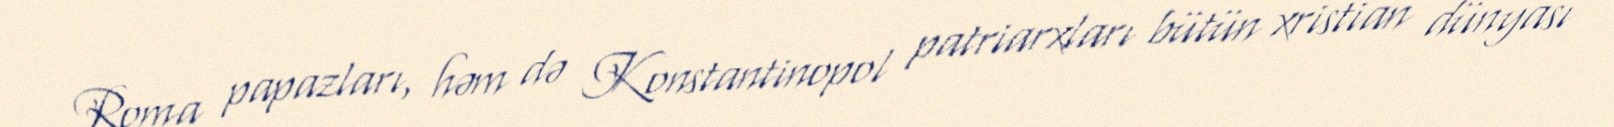
Roma papazları, həm də Konstantinopol patriarxları bütün xristian dünyası